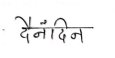
मजकूर: दैनंदिन